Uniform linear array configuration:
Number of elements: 32
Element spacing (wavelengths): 0.75
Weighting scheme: blackman
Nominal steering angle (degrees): -15
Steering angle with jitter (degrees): -16.244
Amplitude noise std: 0.05
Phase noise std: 0.05

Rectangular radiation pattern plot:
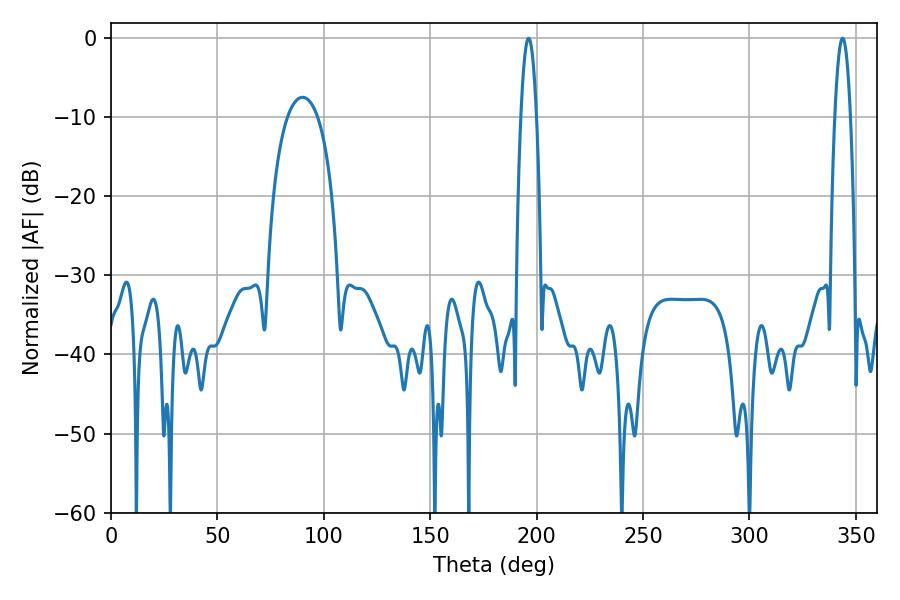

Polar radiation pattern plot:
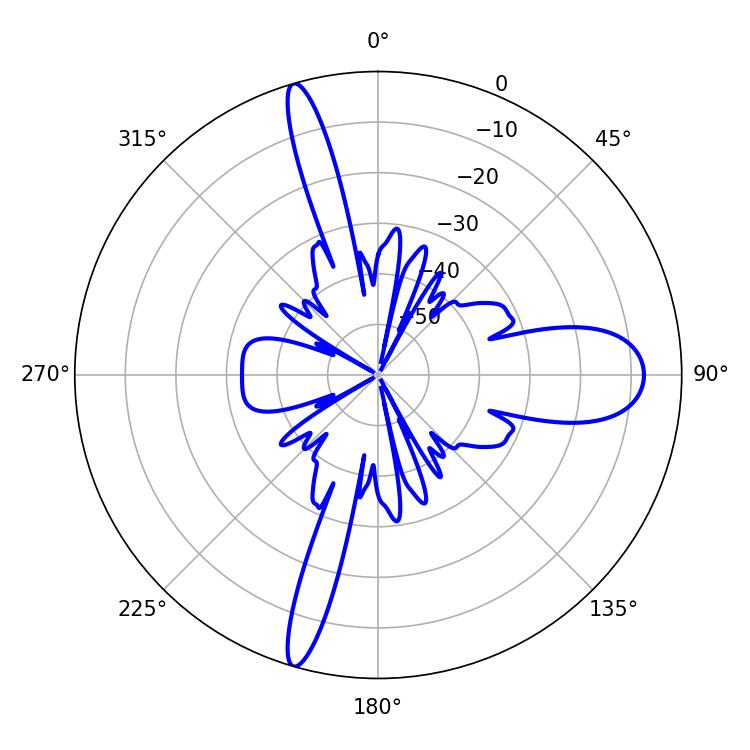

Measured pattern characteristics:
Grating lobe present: TRUE
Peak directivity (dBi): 25.384
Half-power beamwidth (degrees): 3.96
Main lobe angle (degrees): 196.2